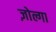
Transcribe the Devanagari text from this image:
ज़ोल्गा